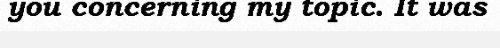
you concerning my topic. It was